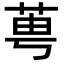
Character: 𦰝